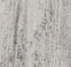
استرجاع